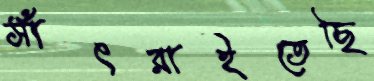
সাঁৎরাইতেছি